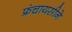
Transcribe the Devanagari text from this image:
फ्रंचायसीने